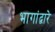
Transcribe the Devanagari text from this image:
भागांद्वारे